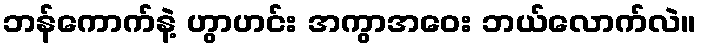
ဘန်ကောက်နဲ့ ဟွာဟင်း အကွာအဝေး ဘယ်လောက်လဲ။